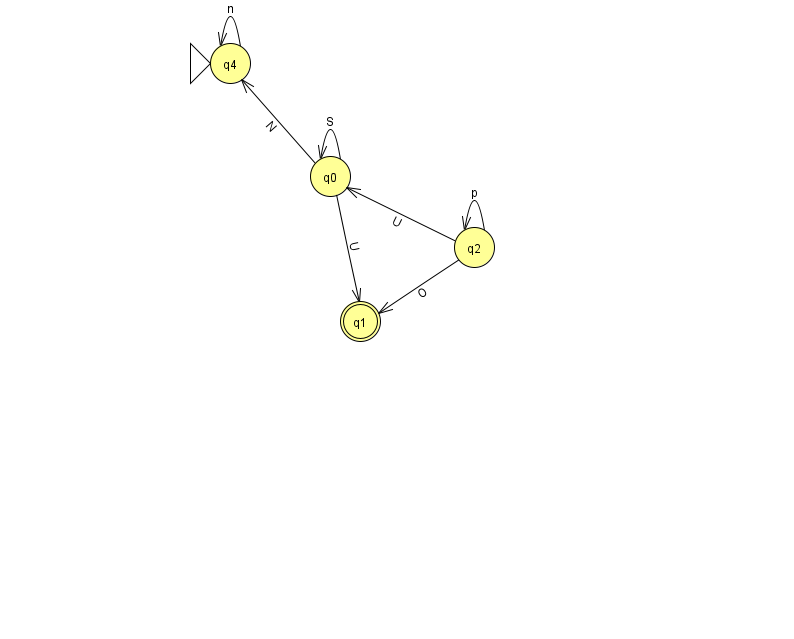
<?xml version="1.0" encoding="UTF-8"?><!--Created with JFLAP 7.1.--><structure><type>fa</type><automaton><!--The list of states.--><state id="0" name="q0"><x>330.0</x><y>163.0</y></state><state id="1" name="q1"><x>360.0</x><y>308.0</y><final/></state><state id="2" name="q2"><x>474.0</x><y>234.0</y></state><state id="4" name="q4"><x>230.0</x><y>50.0</y><initial/></state><!--The list of transitions.--><transition><from>2</from><to>2</to><read>p</read></transition><transition><from>0</from><to>0</to><read>S</read></transition><transition><from>2</from><to>1</to><read>O</read></transition><transition><from>0</from><to>4</to><read>N</read></transition><transition><from>2</from><to>0</to><read>U</read></transition><transition><from>0</from><to>1</to><read>U</read></transition><transition><from>4</from><to>4</to><read>n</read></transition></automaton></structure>